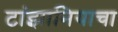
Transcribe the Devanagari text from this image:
टांझानियाचा